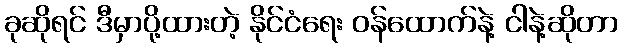
ခုဆိုရင် ဒီမှာပို့ထားတဲ့ နိုင်ငံရေး ဝန်ထောက်နဲ့ ငါနဲ့ဆိုတာ